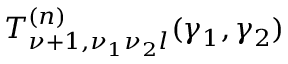
T _ { \nu + 1 , \nu _ { 1 } \nu _ { 2 } l } ^ { ( n ) } ( \gamma _ { 1 } , \gamma _ { 2 } )